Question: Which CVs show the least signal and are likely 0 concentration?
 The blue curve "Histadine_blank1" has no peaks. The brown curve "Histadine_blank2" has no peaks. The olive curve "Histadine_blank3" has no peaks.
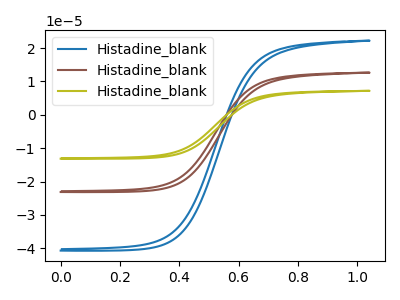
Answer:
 <answer>"Histadine_blank1", "Histadine_blank2" and "Histadine_blank3" are likely to be blanks.</answer>
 <eval>"Histadine_blank1", "Histadine_blank2", "Histadine_blank3"</eval>